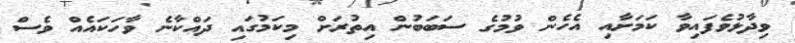
ވިދާޅުވެފައިވާ ކަމަށާއި އެހެން ވުމުގެ ސަބަބުން އިތުރަށް މިކަމުގައި ދައްކާނެ ވާހަކައެއް ވެސް